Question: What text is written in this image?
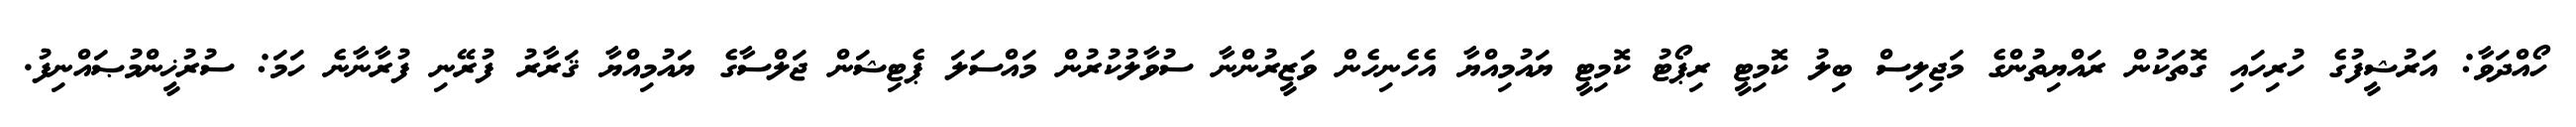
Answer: ހޯއްދަވާ: އަރުޝީފުގެ ހުރިހައި ގޮތަކުން ރައްޔިތުންގެ މަޖިލިސް ބިލު ކޮމިޓީ ރިޕޯޓު ކޮމިޓީ ޔައުމިއްޔާ އެހެނިހެން ވަޒީރުންނާ ސުވާލުކުރުން މައްސަލަ ޕެޓިޝަން ޖަލްސާގެ ޔައުމިއްޔާ ޤަރާރު ފުރޭނި ފުރާނާނެ ހަމަ: ސުރުޚީންމުޞައްނިފު.